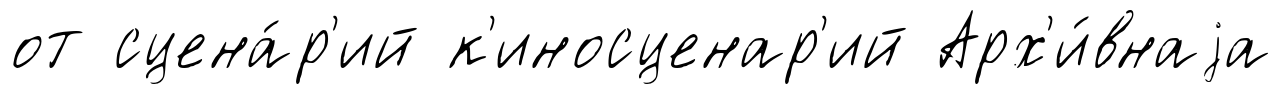
от сцена́р'ий к'иносценар'ий Арх'и́внаjа